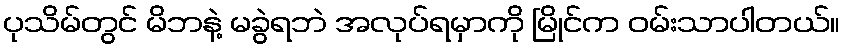
ပုသိမ်တွင် မိဘနဲ့ မခွဲရဘဲ အလုပ်ရမှာကို မြိုင်က ဝမ်းသာပါတယ်။